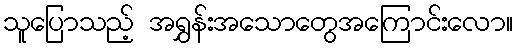
သူပြောသည့် အရွှန်းအသောတွေအကြောင်းလော။